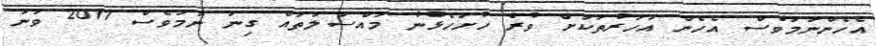
އެހެންނަމަވެސް އެހެން އަހަރުތަކަށް ވުރެ ހުށަހެޅުނު މައްސަލަތައް ގިނަ ނަމަވެސް 2011 ވަނަ